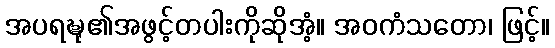
အပရဍ္ဎု၏အဖွင့်တပါးကိုဆိုအံ့။ အဝကံသတော၊ ဖြင့်။